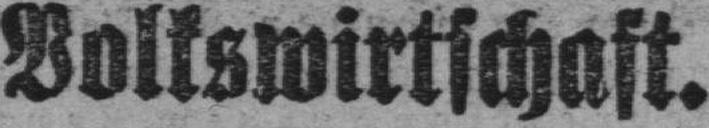
Volkswirtschaft.